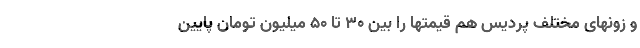
و زونهای مختلف پردیس هم قیمتها را بین ۳۰ تا ۵۰ میلیون تومان پایین